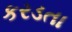
કરડતા